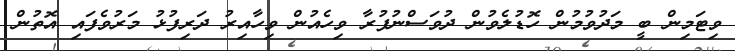
ވިޓަމިން ބީ މަދުވުމުން ހޮޑުލެވުން ދުވަސްނުފުރާ ވިހެއުން ވިހާއިރު ދަރިފުޅު މަރުވެފައި އޮތުން